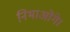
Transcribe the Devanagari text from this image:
निभाओगे।